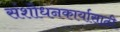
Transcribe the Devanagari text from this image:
संशोधनकार्यासाठी